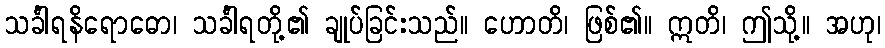
သင်္ခါရနိရောဓော၊ သင်္ခါရတို့၏ ချုပ်ခြင်းသည်။ ဟောတိ၊ ဖြစ်၏။ ဣတိ၊ ဤသို့။ အဟု၊